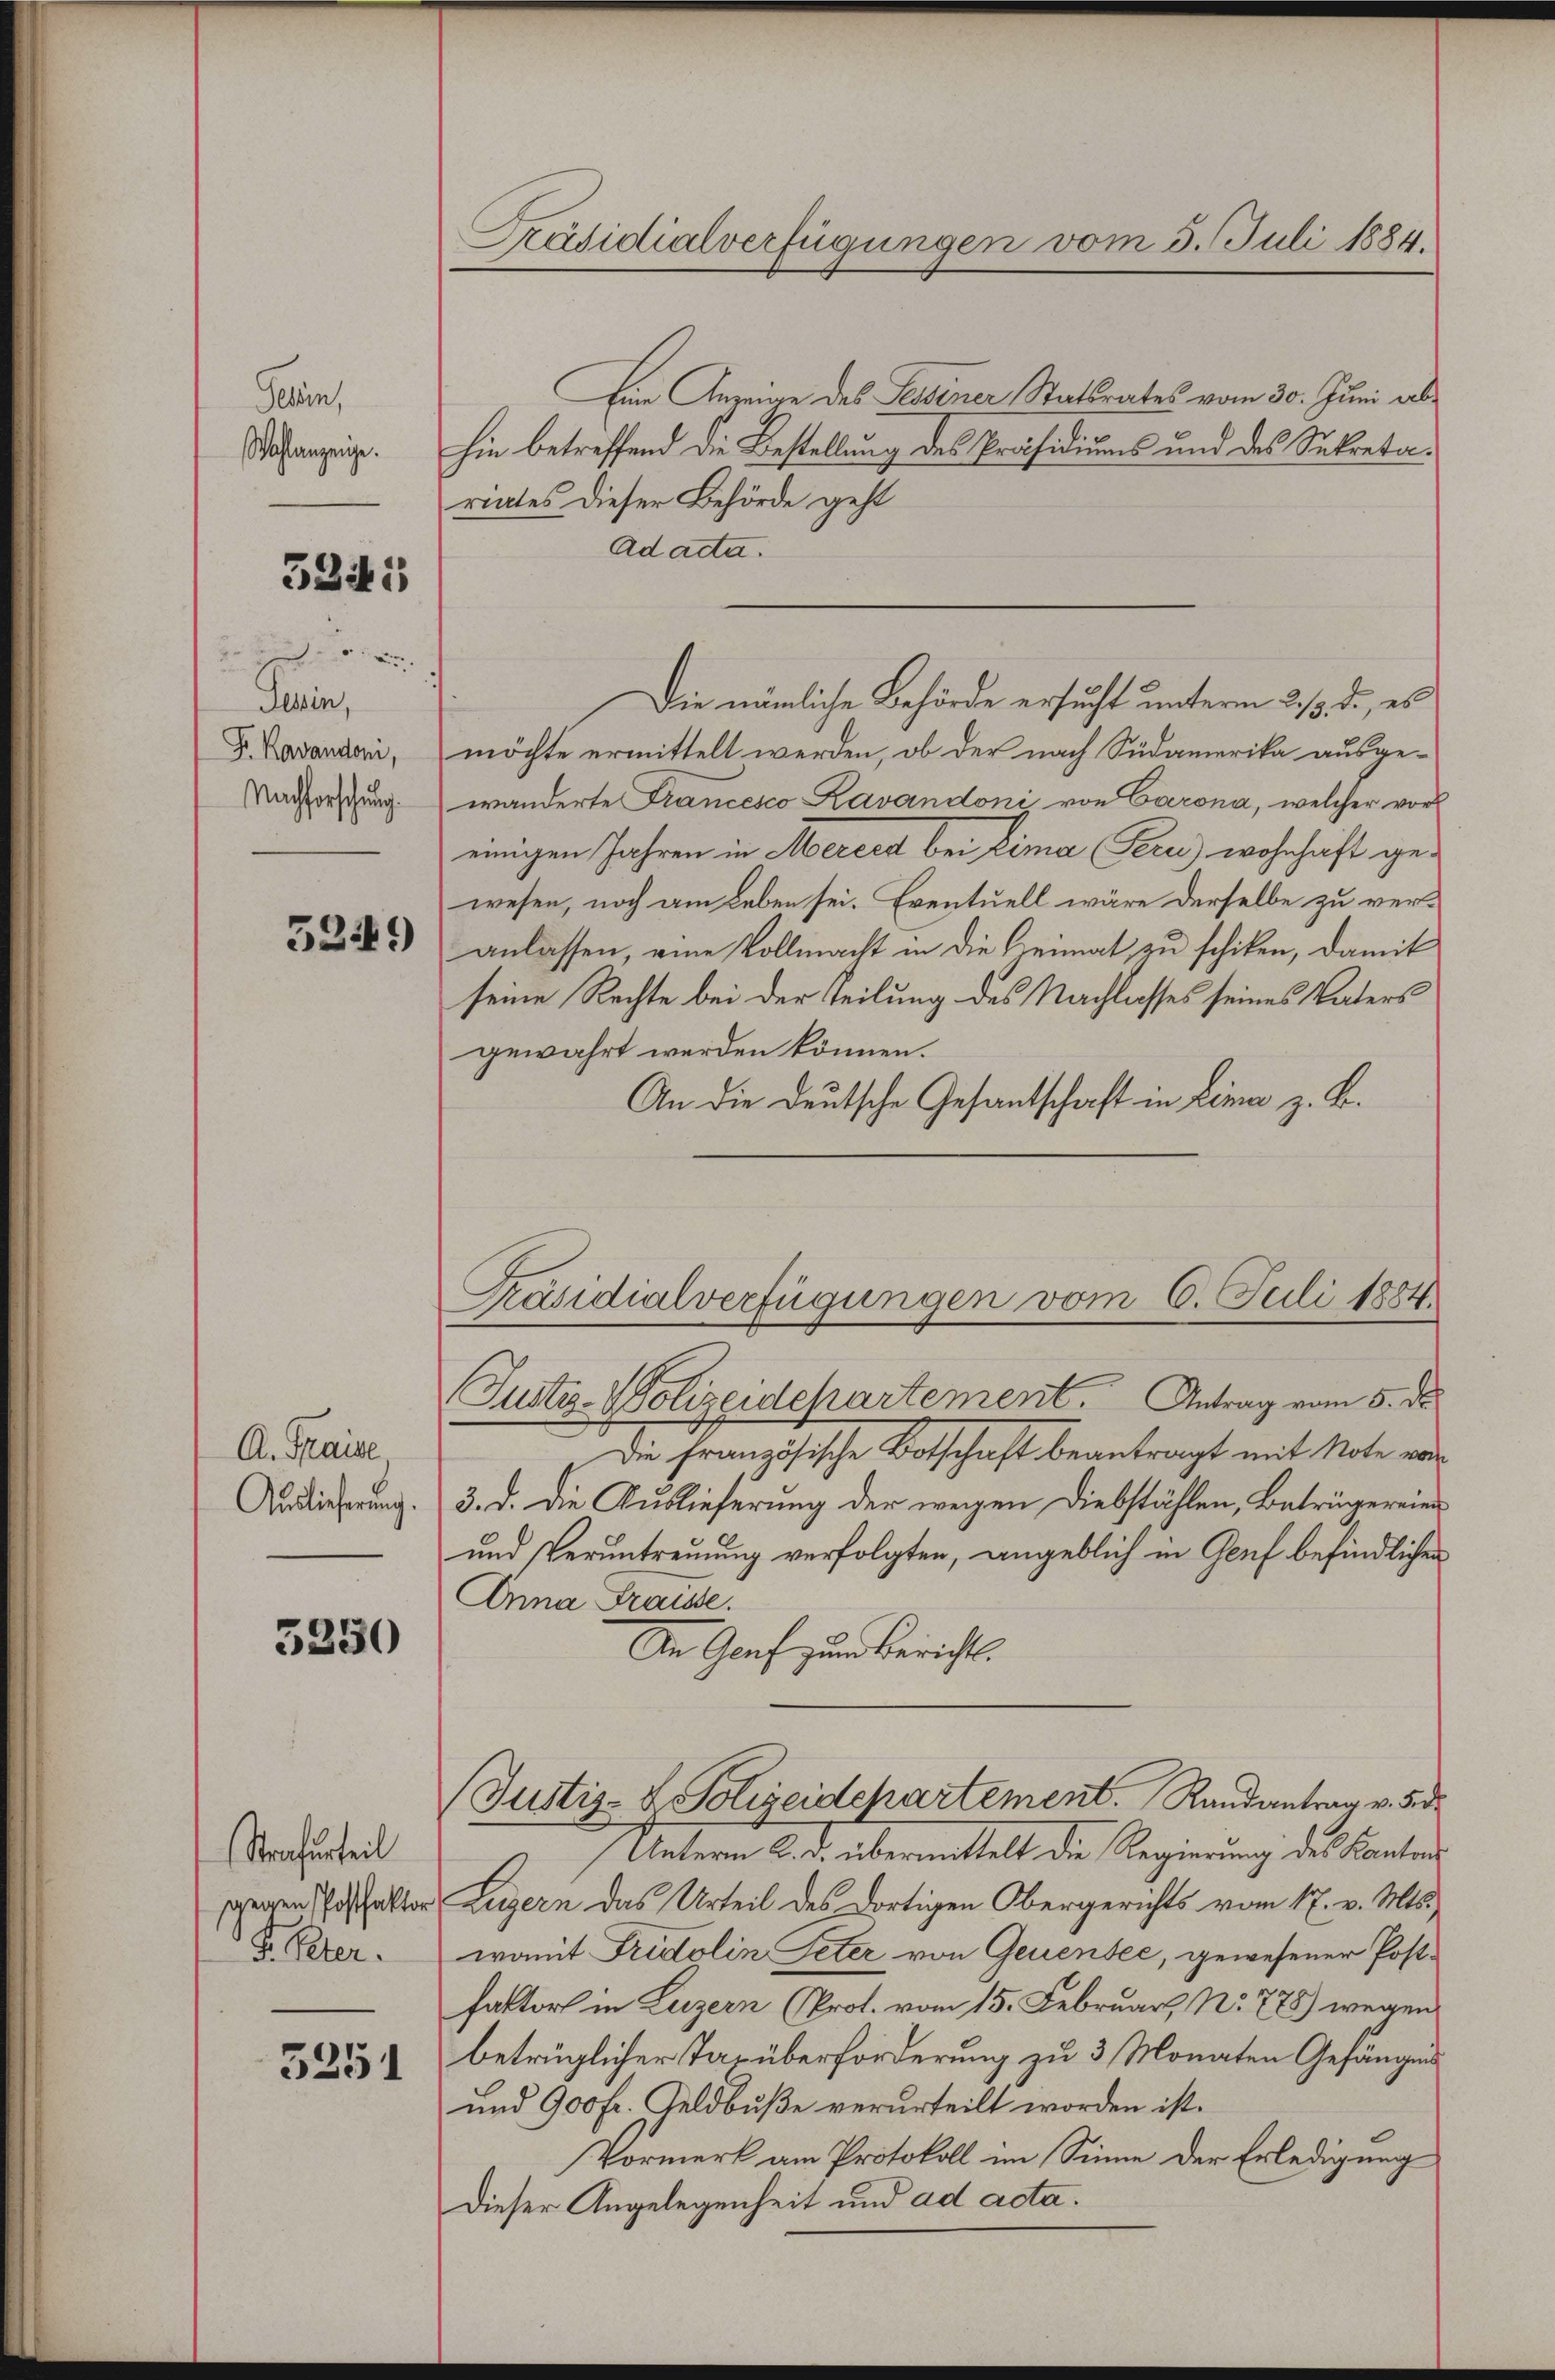
Gehirn,
Wahlanzeige.

5245

2.
Ferien,
Fr. Kavandoni,
Nachforschung.

5249

A. Fraise
Auslieferung.

5250

Strafurteil
gegen Postfakto
S. Peter.

5251

Präsidialverfügungen vom 3. Juli 1884.

Ein Anreine des Tessiner Statsrates vom 30. Juni ab
hin betreffend die Bestellung des Präsidiums und des Sekretariates dieser Behörde geht
Ad acta.
Die nämliche Behörde ersucht unterm 23. d., es
möchte ermittelt werden, ob der nach Südamerika ausgewänderte Francesco Ravandoni von Carona, welcher vor
einigen Jahren in Merers bei Lima Ceres wohnhaft gewesen, noch am Leben sei. Eventuell wäre derselbe zu veranlassen, eine Vollmacht in die Heimat zu schiken, damit
seine Rechte bei der Teilung des Nachlasses seines Vaters
gewährt werden können.
An die Deutsche Gesantschaft in Lina z. B.
Justiz-Polizeidepartement. Antrag vom 5. ds.
Die Französische Botschaft beantragt mit Note vor¬
3. d. die Auslieferung der wegen Diebstählen, Beträgereien
und Veruntreuung verfolgten, angeblich in Genf befindlichen
Anna Trause.
An Graf zum Berichts.
Justiz- & Polizeidepartement. Randantrag v. 5. d
Unterm 2. d. übermittelt die Regierung des Kantons
Luzern das Urteil des dortigen Obergerichts vom 17. v. Mts.
womit Fristolin Peter von Genensee, gewesener Postfaktor in Luzern (Prot. vom 15. Februar No. 778) wegen
betrüglicher Taxüberforderung zu 3 Monaten Gefängens
und 900 fr. Geldbuße verurteilt worden ist.
Vormerk am Protokoll im Sinne der Erledigung
Dieser Angelegenheit und ad acta.

Präsidialverfügungen vom 6. Juli 1884.